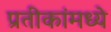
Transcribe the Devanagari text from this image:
प्रतीकांमध्ये